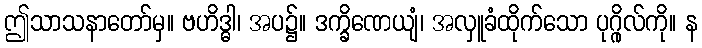
ဤသာသနာတော်မှ။ ဗဟိဒ္ဓါ၊ အပ၌။ ဒက္ခိဏေယျံ၊ အလှူခံထိုက်သော ပုဂ္ဂိုလ်ကို။ န